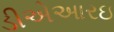
ડીએઆરઇ